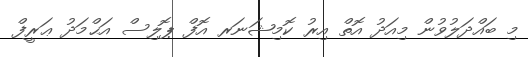
މި ބައްދަލުވުން މިއަދު އޮތް އިރު ކޮމިޝަނަރ އޮފް ޕޮލިސް އަޙްމަދު ޢަރީފް